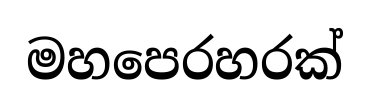
මහපෙරහරක්